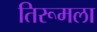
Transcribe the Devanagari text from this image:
तिरूमला